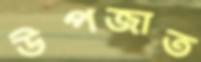
উপজাত